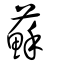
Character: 蘇